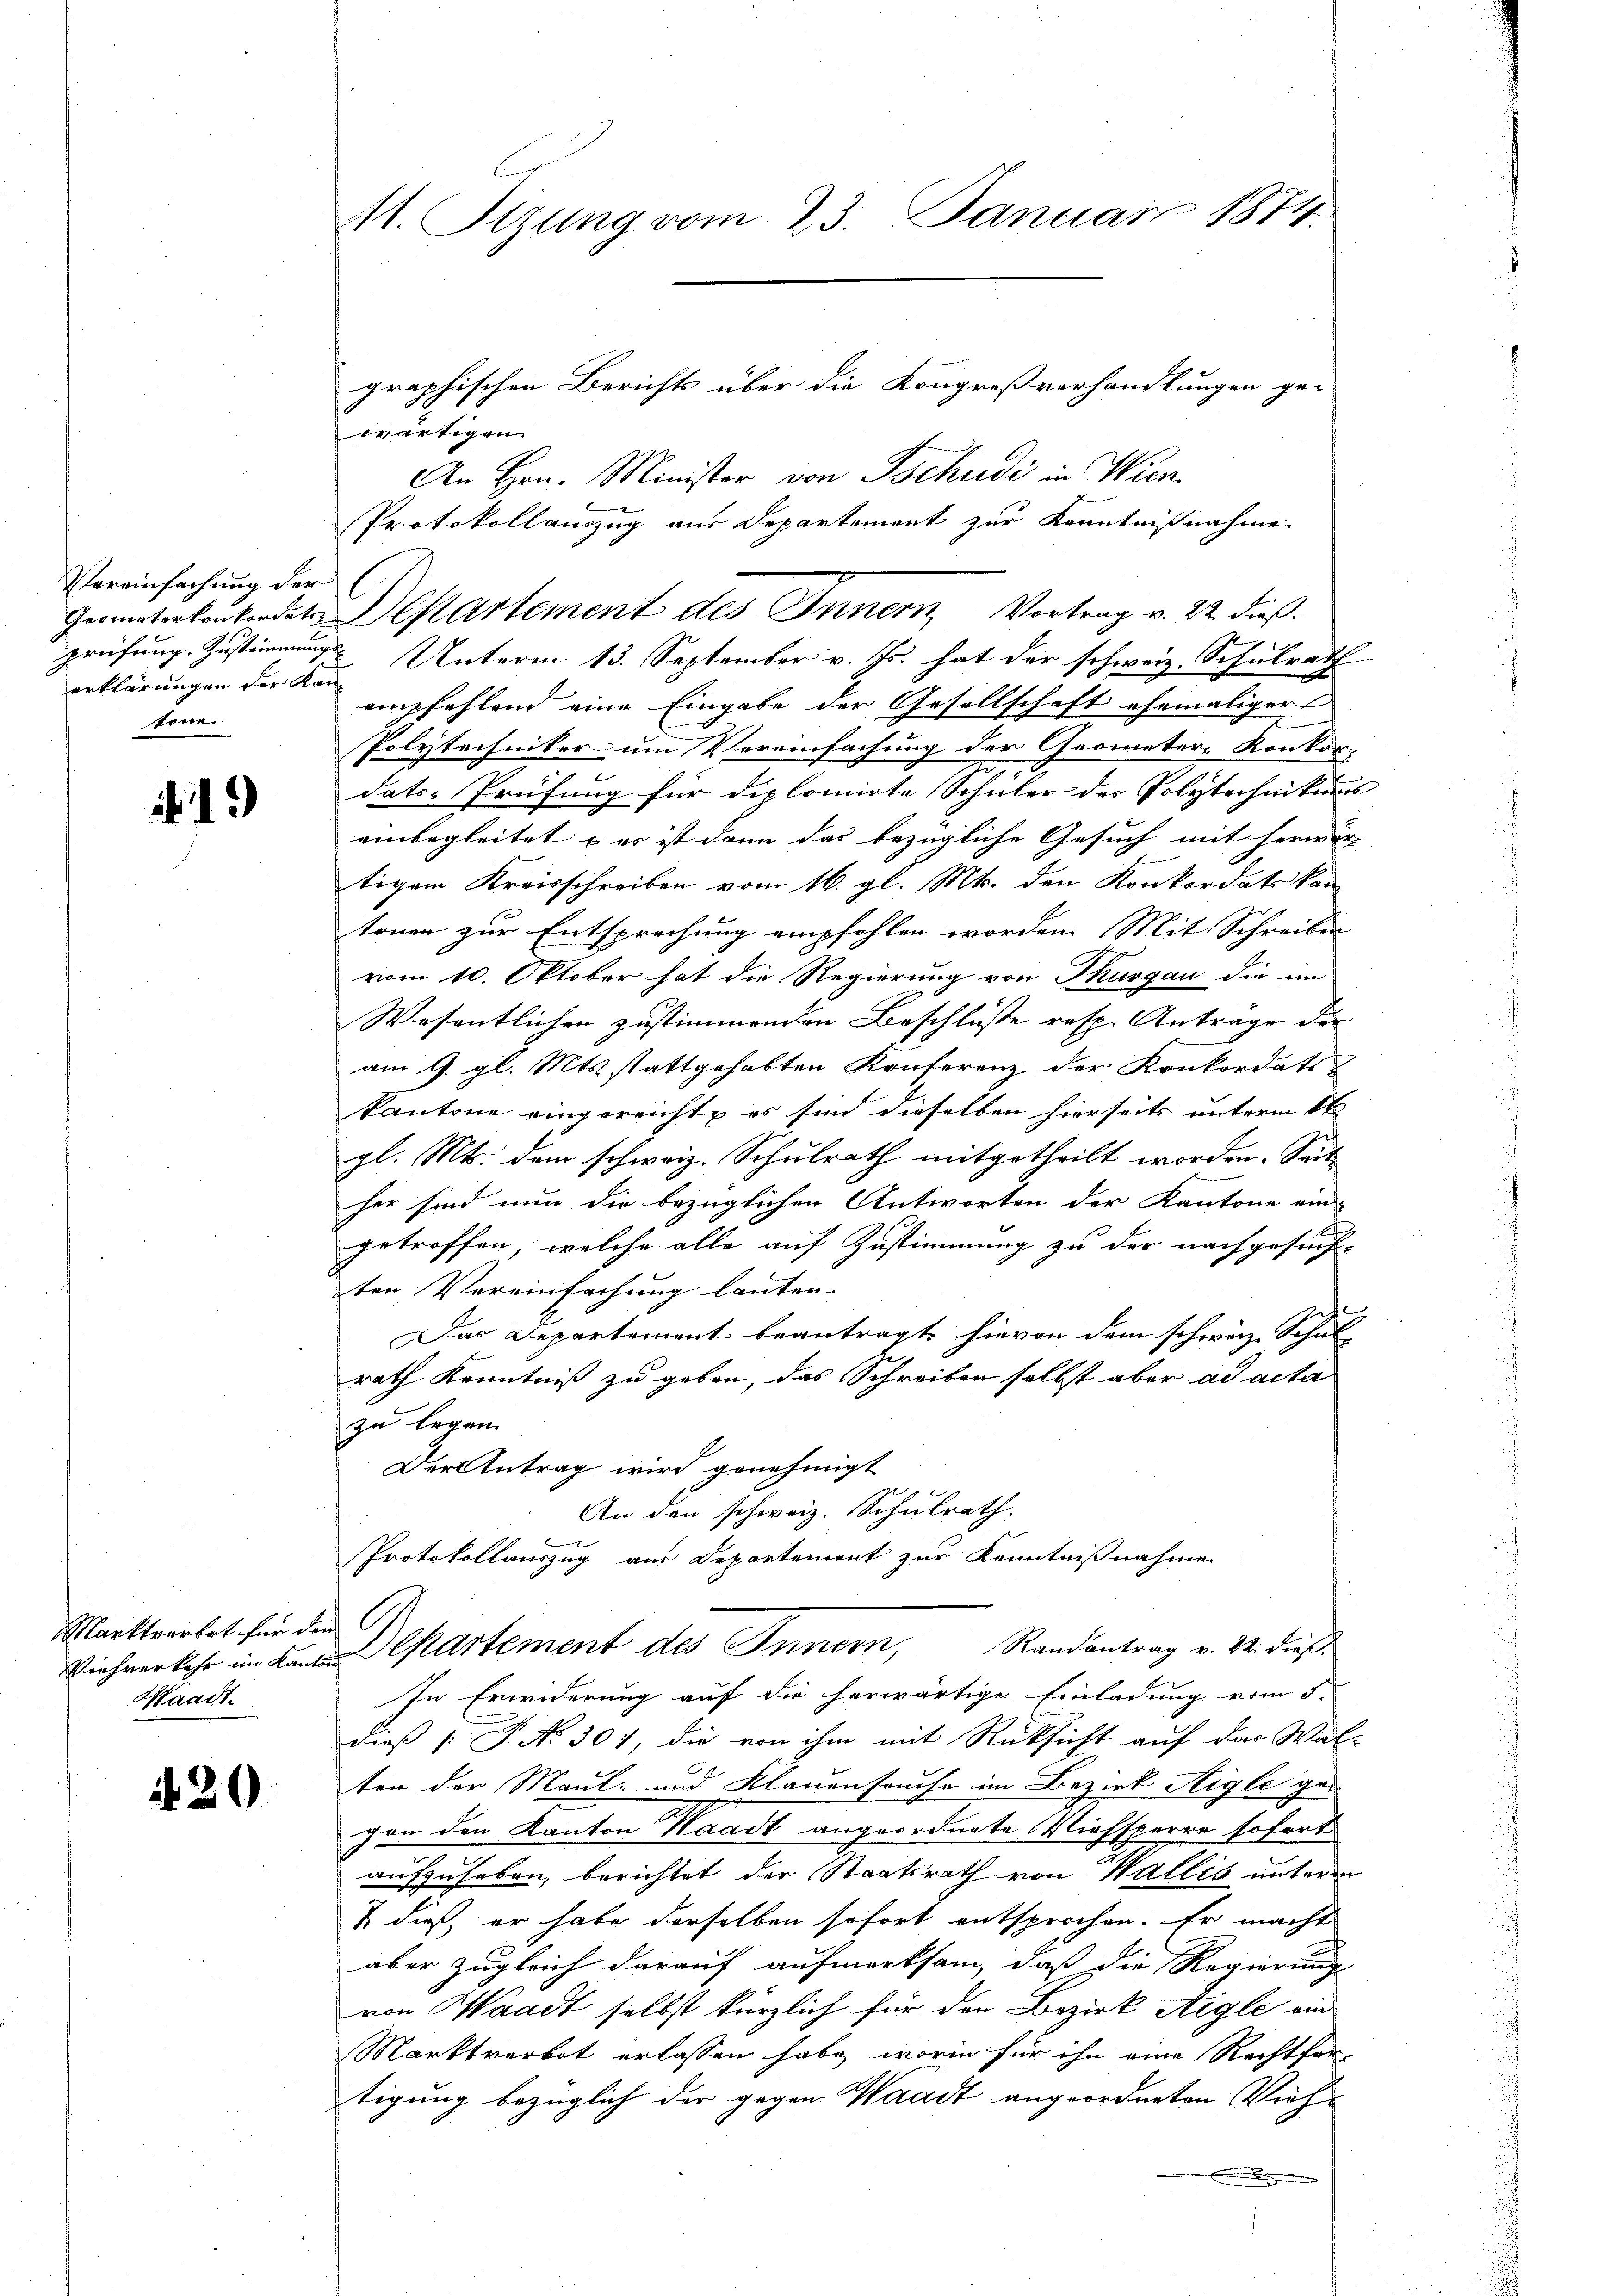
Vereinfachung der
prüfung. Zustimmung
erklärungen der Kantöne.

19

Marktverbot für den
Waadt.

420

11. Sizung vom 23. Januar 1874.

graphischen Berichts über die Kongreßverhandlungen ge-
wärtigen
An Hrn. Minister von Tschudi in Wien.
Protokollauszug aus Departement zur Kenntnißnahme
Unterm 13. September v. Js. hat der schweiz. Schulrath
empfehlend eine Eingabe der Gesellschaft ehemaligers
Polytechniker um Vereinfachung der Geometer-Konkordats-Prüfung für diplomirte Schüler der Polytechnikums
einbegleitet – es ist dann das bezügliche Gesuch mit herwär
tigem Kreisschreiben vom 16. gl. Mts. den Konkordatskan
tonen zur Entsprechung empfohlen worden. Mit Schreiben
vom 10. Oktober hat die Regierung von Thurgau die im
Wesentlichen zustimmenden Beschlüsse resp. Anträge der |
am 9. gl. Mts. stattgehabten Konferenz der Konkordats
kantone eingereichte es sind dieselben hierseits unterm 4ten
gl. Mts. dem schweiz. Schulrath mitgetheilt worden. Seit
her sind nun die bezüglichen Antworten der Kantone ein
getroffen, welche alle auf Zustimmung zu der nachgesuch-
ten Vereinfachung lauten. |
 B
Das Departement beantragt, hievon dem schweiz. Schulrath Kenntniß zu geben, das Schreiben selbst aber ad acta
zu legen.
Der Antrag wird genehmigt
An den schweiz. Schulrath.
Protokollauszug aus Departement zur Kenntnißnahme
Viehverkehr im La partement des Innern, Randantrag v. 22. dieß¬
In Erwiderung auf die herwärtige Einladung vom 5.
dieß P. No 301, die von ihm mit Rücksicht auf das Wal-
ten der Maul- und Klauensauso im Bezirk Aigle gevon den Kanton Waadt angeordnete Viehsperre sofort
aufzuheben, berichtet der Staatsrath von Wallis unterm
& dieß, er habe derselben sofort entsprochen. Er macht
aber zugleich darauf aufmerksam, daß die Regierung
von Waadt, selbst kürzlich für den Bezirk Aigle ein
Marktverbot erlassen habe, worin für ihn eine Rechtfer-
tigung bezüglich der gegen Waadt angeordneten Viehe
.

Geometerkonkordat Departement des Innern, Vortrag v. 22. dieß.